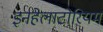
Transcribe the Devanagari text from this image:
इनहेलाटोरियम